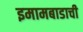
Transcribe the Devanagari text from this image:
इमामबाडाची